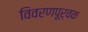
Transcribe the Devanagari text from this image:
विवरणपूर्वक